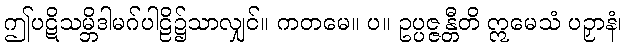
ဤပဋိသမ္ဘိဒါမဂ်ပါဠိ၌သာလျှင်။ ကတမေ။ ပ။ ဥပ္ပဇ္ဇန္တီတိ ဣမေသံ ပဉှာနံ၊